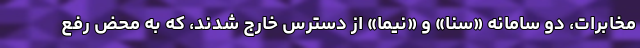
مخابرات، دو سامانه «سنا» و «نیما» از دسترس خارج شدند، که به محض رفع